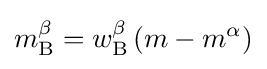
m_{\rm {B}}^{\beta }=w_{\rm {B}}^{\beta }\left(m-m^{\alpha }\right)